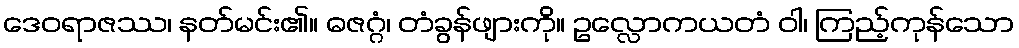
ဒေဝရာဇဿ၊ နတ်မင်း၏။ ဓဇဂ္ဂံ၊ တံခွန်ဖျားကို။ ဥလ္လောကယတံ ဝါ၊ ကြည့်ကုန်သော